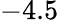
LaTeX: -4.5